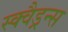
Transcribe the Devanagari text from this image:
स्क्वैड्रन्स